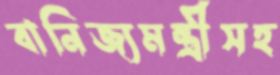
বানিজ্যমন্ত্রীসহ